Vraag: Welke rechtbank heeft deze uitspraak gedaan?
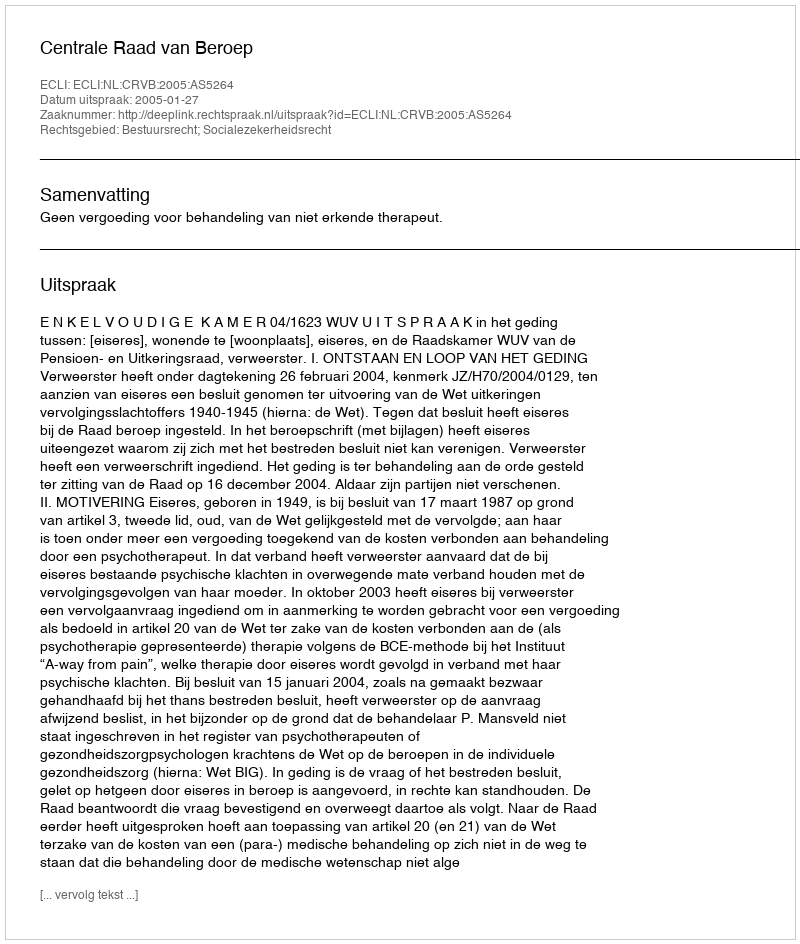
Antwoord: Centrale Raad van Beroep